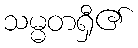
သမ္မတရှီ၏